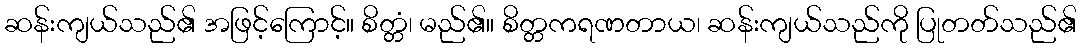
ဆန်းကျယ်သည်၏ အဖြင့်ကြောင့်။ စိတ္တံ၊ မည်၏။ စိတ္တကရဏတာယ၊ ဆန်းကျယ်သည်ကို ပြုတတ်သည်၏